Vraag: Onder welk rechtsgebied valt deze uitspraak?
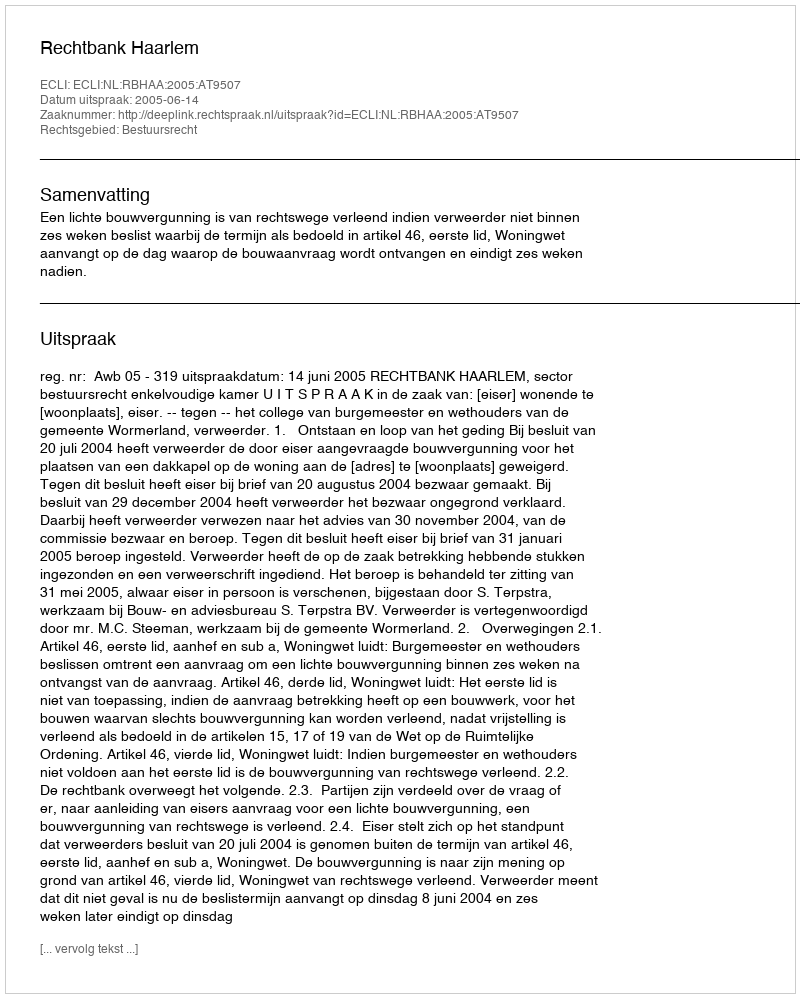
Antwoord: Bestuursrecht